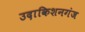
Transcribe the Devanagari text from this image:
उदाकिशनगंज